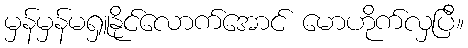
မှန်မှန်မရှူနိုင်လောက်အောင် မောဟိုက်လှပြီ။